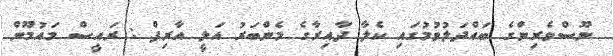
ނޫސްވެރިންގެ ބައްދަލުވުމުގައި ކެލާ ދާއިރާގެ މެންބަރު އަލީ އާރިފް : ރައީސް މައުމޫން